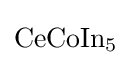
{\text{CeCoIn}}_{5}